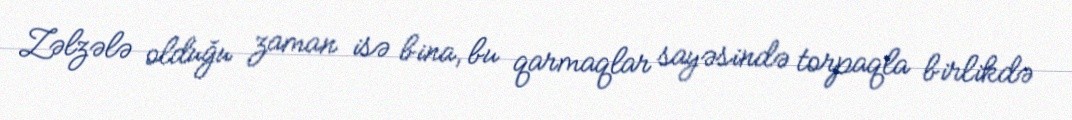
Zəlzələ olduğu zaman isə bina, bu qarmaqlar sayəsində torpaqla birlikdə